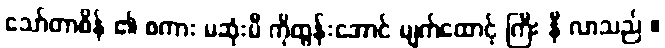
သော်တာစိန် ၏ စကား မဆုံးမီ ကိုထွန်းအောင် မျက်ထောင့် ကြီး နီ လာသည် ။